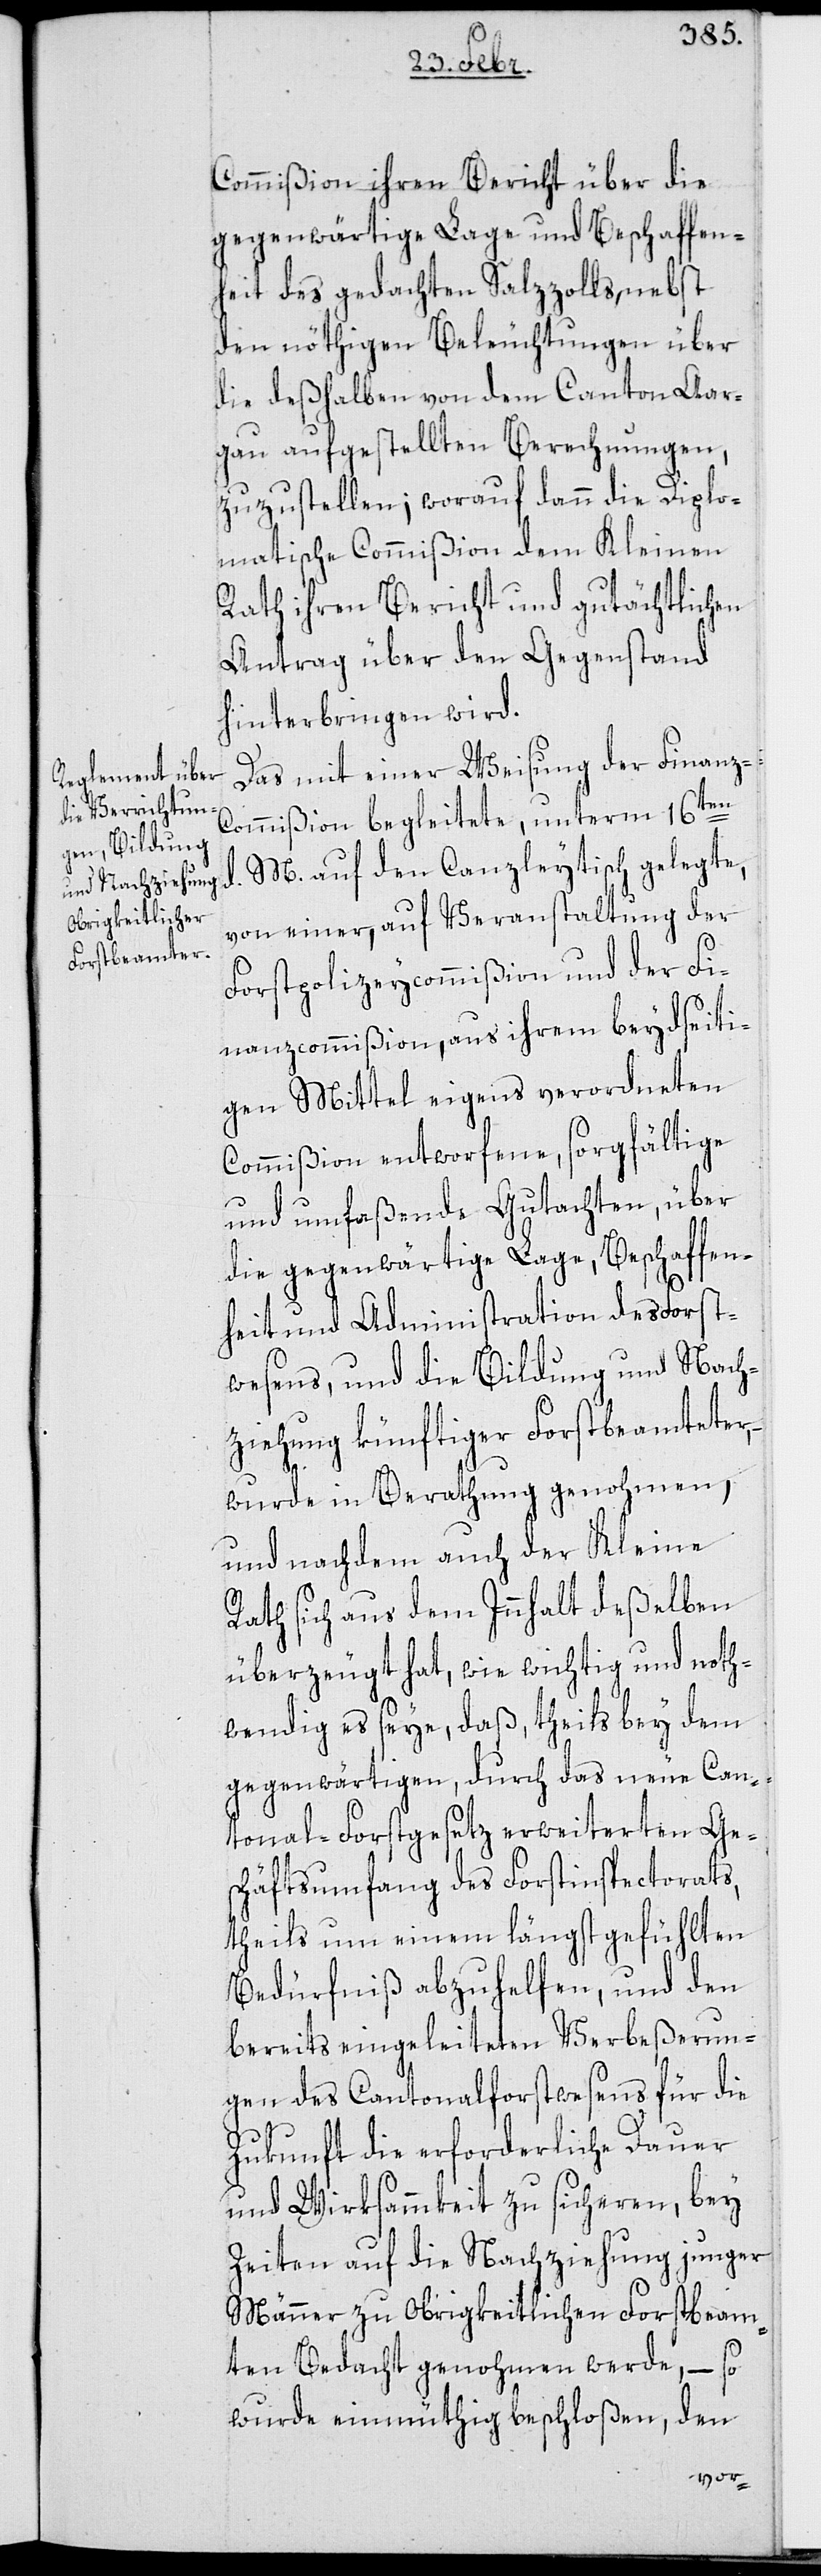
Commißion ihren Bericht über die
gegenwärtige Lage und Beschaffen¬
heit des gedachten Salzzolls, nebst
den nöthigen Beleuchtungen über
die deßhalben von dem Canton Aar¬
gau aufgestellten Berechnungen,
zuzustellen; worauf dann die Diplo¬
matische Commißion dem Kleinen
Rath ihren Bericht und gutächtlichen
Antrag über den Gegenstand
hinterbringen wird.
Das mit einer Weisung der Finanz-C¬
ommißion begleitete, unterm 16ten
M. auf den Canzleytisch gelegte,
von einer, auf Veranstaltung der
Forstpolizeycommißion und der Fi¬
nanzcommißion, aus ihrem beydseiti¬
gen Mittel eigens verordneten
Commißion entworfene, sorgfältige
und umfaßende Gutachten, über
die gegenwärtige Lage, Beschaffen¬
heit und Administration des Forst¬
wesens, und die Bildung und Nach¬
ziehung künftiger Forstbeamteter,
wurde in Berathung genohmen,
und nachdem auch der Kleine
Rath sich aus dem Innhalt deßelben
überzeugt hat, wie wichtig und noth¬
wendig es seye, daß, theils bey dem
gegenwärtigen, durch das neue Can¬
tonal-Forstgesetz erweiterten Ge¬
schäftsumfang des Forstinspectorats,
theils um einem längst gefühlten
Bedürfniß abzuhelfen, und den
bereits eingeleiteten Verbeßerun¬
gen des Cantonalforstwesens für die
Zukunft die erforderliche Dauer
und Wirksammkeit zu sicheren, bey
Zeiten auf die Nachziehung junger
Männer zu Obrigkeitlichen Forstbeam¬
ten Bedacht genohmen werde, – so
den
wurde einmüthig beschloßen,